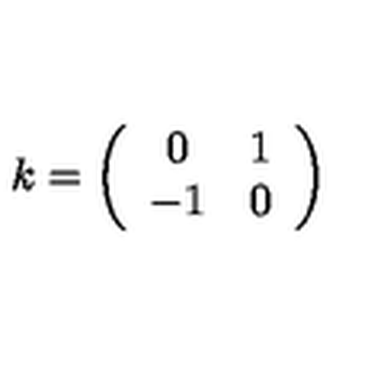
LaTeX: k = \left( \begin{array} { c c } { 0 } & { 1 } \\ { - 1 } & { 0 } \\ \end{array} \right)